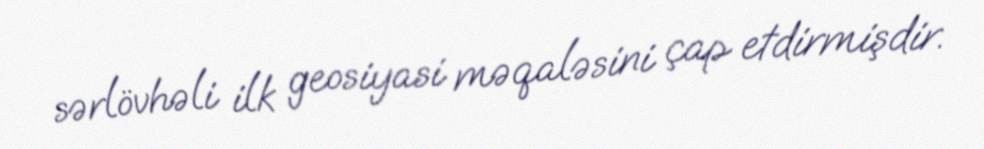
sərlövhəli ilk geosiyasi məqaləsini çap etdirmişdir.